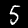
Digit: 5